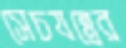
সেচযন্ত্রের